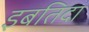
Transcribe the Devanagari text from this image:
इबतिदा